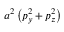
a ^ { 2 } \left( p _ { y } ^ { 2 } + p _ { z } ^ { 2 } \right)